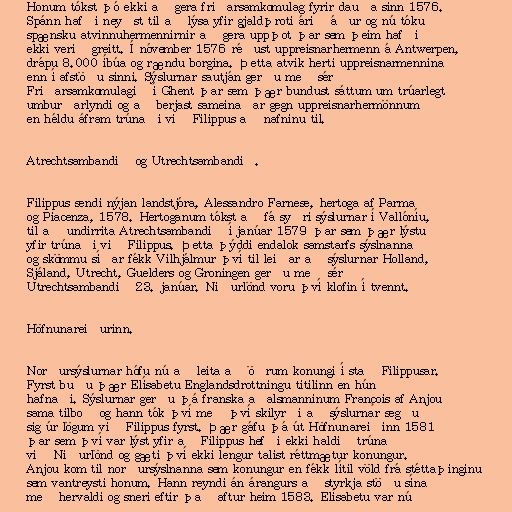
Honum tókst þó ekki að gera friðarsamkomulag fyrir dauða sinn 1576.
Spánn hafði neyðst til að lýsa yfir gjaldþroti árið áður og nú tóku
spænsku atvinnuhermennirnir að gera uppþot þar sem þeim hafði
ekki verið greitt. Í nóvember 1576 réðust uppreisnarhermenn á Antwerpen,
drápu 8.000 íbúa og rændu borgina. Þetta atvik herti uppreisnarmennina
enn í afstöðu sinni. Sýslurnar sautján gerðu með sér
Friðarsamkomulagið í Ghent þar sem þær bundust sáttum um trúarlegt
umburðarlyndi og að berjast sameinaðar gegn uppreisnarhermönnum
en héldu áfram trúnaði við Filippus að nafninu til.

Atrechtsambandið og Utrechtsambandið.

Filippus sendi nýjan landstjóra, Alessandro Farnese, hertoga af Parma
og Piacenza, 1578. Hertoganum tókst að fá syðri sýslurnar í Vallóníu,
til að undirrita Atrechtsambandið í janúar 1579 þar sem þær lýstu
yfir trúnaði við Filippus. Þetta þýddi endalok samstarfs sýslnanna
og skömmu síðar fékk Vilhjálmur því til leiðar að sýslurnar Holland,
Sjáland, Utrecht, Guelders og Groningen gerðu með sér
Utrechtsambandið 23. janúar. Niðurlönd voru því klofin í tvennt.

Höfnunareiðurinn.

Norðursýslurnar hófu nú að leita að öðrum konungi í stað Filippusar.
Fyrst buðu þær Elísabetu Englandsdrottningu titilinn en hún
hafnaði. Sýslurnar gerðu þá franska aðalsmanninum François af Anjou
sama tilboð og hann tók því með því skilyrði að sýslurnar segðu
sig úr lögum við Filippus fyrst. Þær gáfu þá út Höfnunareiðinn 1581
þar sem því var lýst yfir að Filippus hefði ekki haldið trúnað
við Niðurlönd og gæti því ekki lengur talist réttmætur konungur.
Anjou kom til norðursýslnanna sem konungur en fékk lítil völd frá stéttaþinginu
sem vantreysti honum. Hann reyndi án árangurs að styrkja stöðu sína
með hervaldi og sneri eftir það aftur heim 1583. Elísabetu var nú